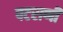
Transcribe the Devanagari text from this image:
पटराणी